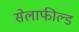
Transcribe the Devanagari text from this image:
सेलाफील्ड